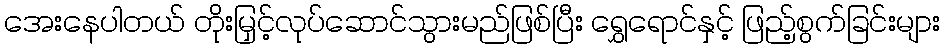
အေးနေပါတယ် တိုးမြှင့်လုပ်ဆောင်သွားမည်ဖြစ်ပြီး ရွှေရောင်နှင့် ဖြည့်စွက်ခြင်းများ